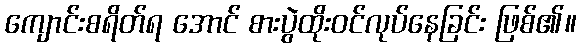
ကျောင်းစရိတ်ရ အောင် စားပွဲထိုးဝင်လုပ်နေခြင်း ဖြစ်၏။